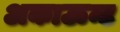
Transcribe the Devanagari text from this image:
अकाऊन्ट